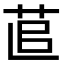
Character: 𦯭